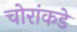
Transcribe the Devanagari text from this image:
चोरांकडे